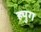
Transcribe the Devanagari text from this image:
ह्युग